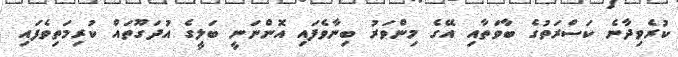
ކުރެވިދާނެ ކަސްރަތުގެ ބާވަތާއި އޭގެ މިންވަރު ބިނާވެފައި އޮންނަނީ ބަލީގެ އުދަގޫތައް ކުރިމަތިވެފައި